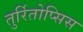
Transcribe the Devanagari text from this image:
तुर्रितोप्सिस